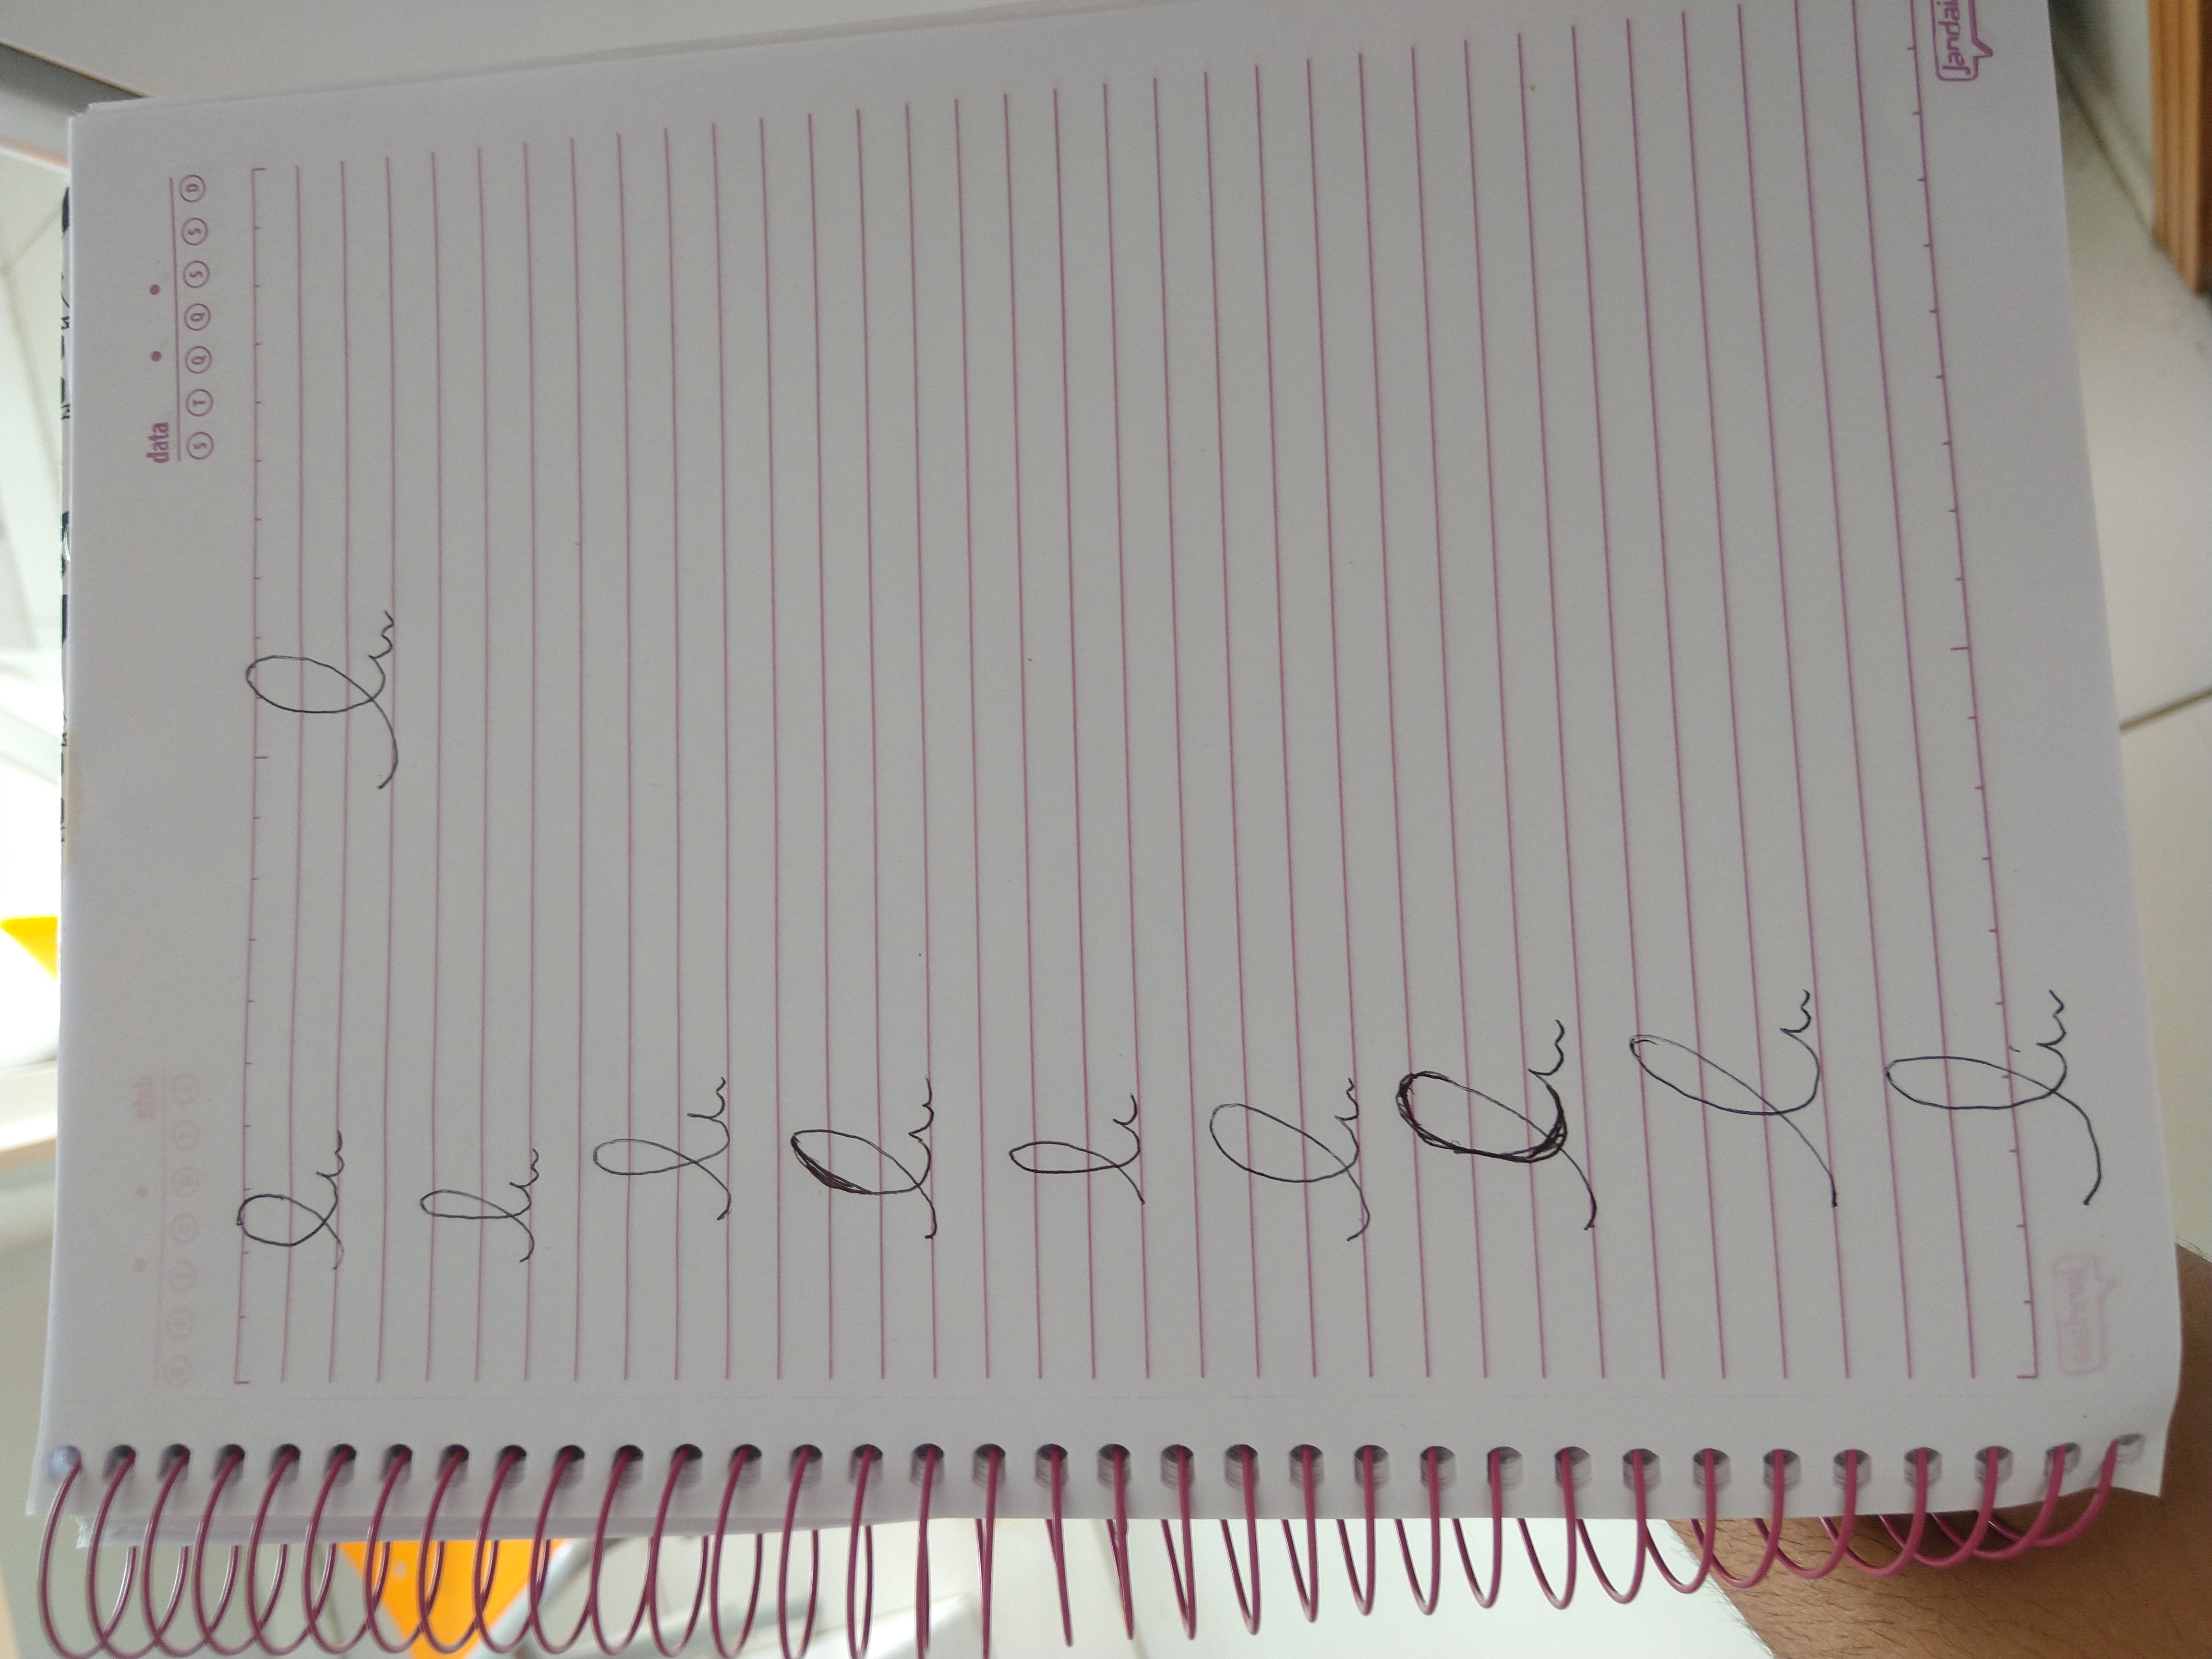
Signature authenticity: forged